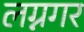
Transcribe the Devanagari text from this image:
लग्नगर